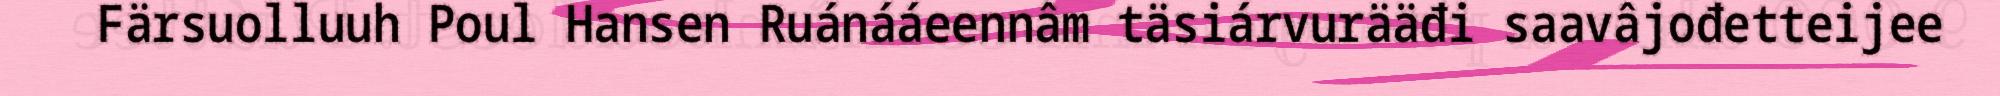
Färsuolluuh Poul Hansen Ruánááeennâm täsiárvurääđi saavâjođetteijee